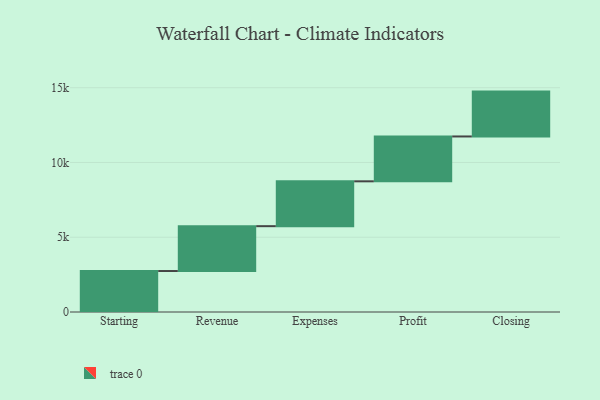
{"axis": {"x": "Step", "y": "Value"}, "legend": [""], "data": [{"x": "Starting", "y": 2740.0, "type": ""}, {"x": "Revenue", "y": 3000, "type": ""}, {"x": "Expenses", "y": 3000, "type": ""}, {"x": "Profit", "y": 3000, "type": ""}, {"x": "Closing", "y": 3000, "type": ""}]}